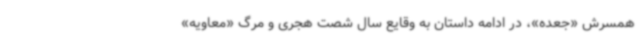
همسرش «جعده»، در ادامه داستان به وقایع سال شصت هجری و مرگ «معاویه»